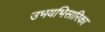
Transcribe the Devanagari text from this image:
उभयभिसारिका